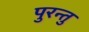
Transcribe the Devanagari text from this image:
पुरन्तु